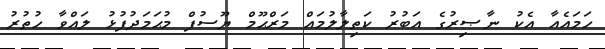
ހަމައެއާ އެކު ނާޞިރުގެ އަބުރު ކަތިލާލުމައް މަރްޙޫމް ޔޫސުފް މުޙަމަދުފުޅު ލައްވާ ހުތުރު